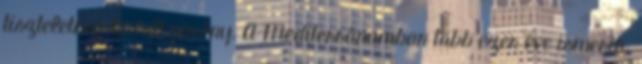
tiszteletben tartott növény. A Mediterránumban több ezer éve ismerik.